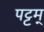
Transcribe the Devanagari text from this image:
पट्टम्